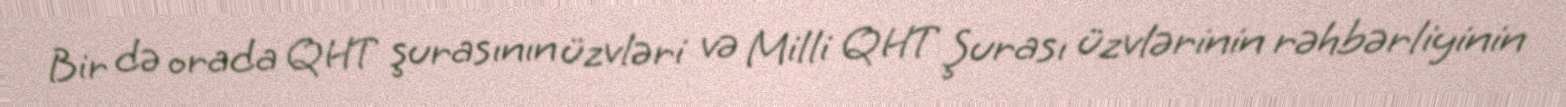
Bir də orada QHT şurasının üzvləri və Milli QHT Şurası üzvlərinin rəhbərliyinin